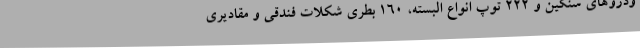
ودروهای سنگین و 222 توپ انواع البسته، 160 بطری شکلات فندقی و مقادیری